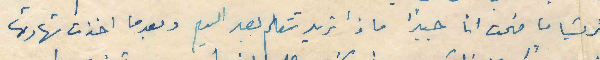
تريسا ما فهمت انا جيداً ماذا تريد تتعلم بعد اليوم وبعدما اخدت شهادتها